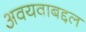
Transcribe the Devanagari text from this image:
अवयवाबद्दल